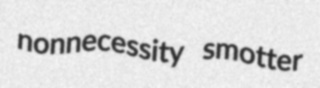
nonnecessity smotter